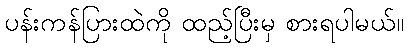
ပန်းကန်ပြားထဲကို ထည့်ပြီးမှ စားရပါမယ်။